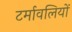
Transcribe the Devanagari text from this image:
टर्मावलियों